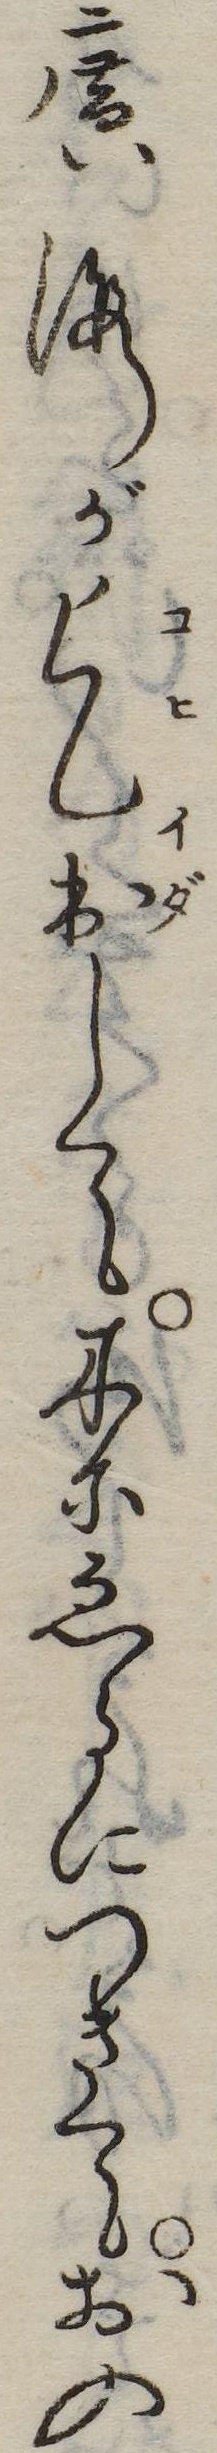
広海が乞出して木にゑるにつきておの